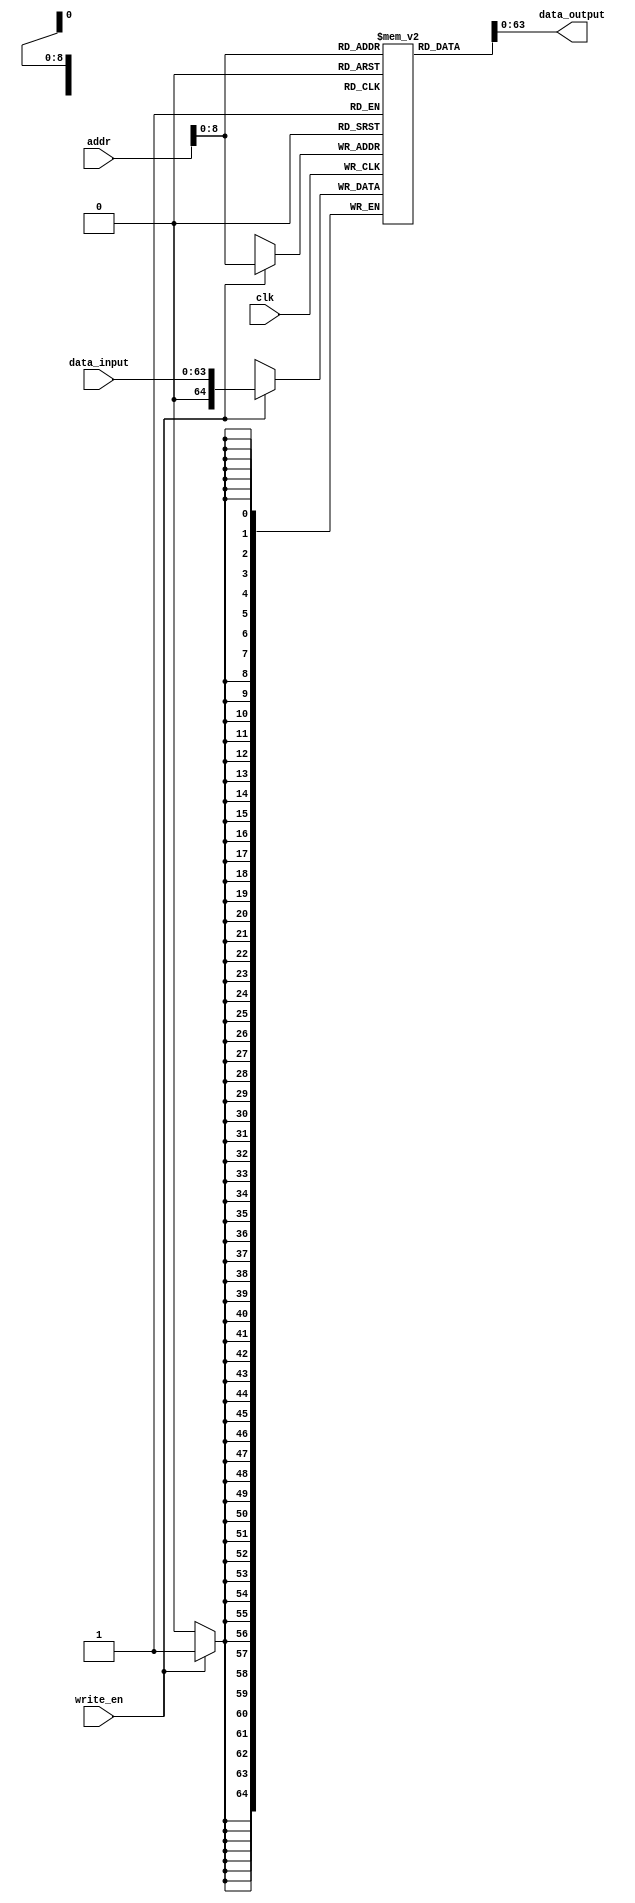
/* data memory */
module data_memory #(
    parameter WORDSIZE = 64,           /* define o tamanho da palavra */
    parameter SIZE = 512               /* tamanho da memria */
) (
    input clk,                          /* sinal de clock */
    input [WORDSIZE-1:0] addr,          /* endereo para leitura ou escrita */
    input [WORDSIZE-1:0] data_input,    /* valor de escrita */
    input write_en,                     /* habilita escrita */
    output [WORDSIZE-1:0] data_output   /* valor lido */
);

    /* banco de  */
    reg [WORDSIZE:0] memory [SIZE-1:0];
    
    initial begin
        memory[0] = 64'd5;
        memory[1] = 64'd5;
    end
    /* ativao em borda de subida */
    always @(posedge clk) begin
        /* escrita de dados na memria */
        if (write_en) 
            memory[addr] <= data_input;
    end

    /* sada de leitura */
    assign data_output = memory[addr];
    
endmodule